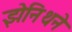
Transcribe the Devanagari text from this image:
झेनिथने